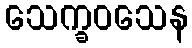
သေက္ခဝသေန